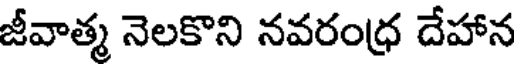
జీవాత్మ నెలకొని నవరంధ్ర దేహాన